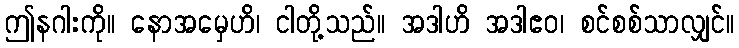
ဤနဂါးကို။ နောအမှေဟိ၊ ငါတို့သည်။ အဒါဟိ အဒါဧဝ၊ စင်စစ်သာလျှင်။